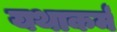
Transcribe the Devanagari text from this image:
यथाकर्म